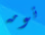
نومه